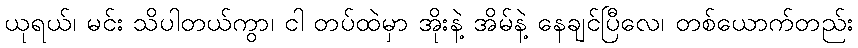
ယုရယ်၊ မင်း သိပါတယ်ကွာ၊ ငါ တပ်ထဲမှာ အိုးနဲ့ အိမ်နဲ့ နေချင်ပြီလေ၊ တစ်ယောက်တည်း